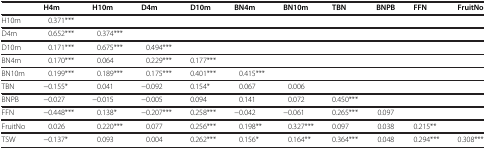
|  | H4m | H10m | D4m | D10m | BN4m | BN10m | TBN | BNPB | FFN | FruitNo |
 | --- | --- | --- | --- | --- | --- | --- | --- | --- | --- | --- |
 | H10m | 0.371*** |  |  |  |  |  |  |  |  |  |
 | D4m | 0.652*** | 0.374*** |  |  |  |  |  |  |  |  |
 | D10m | 0.171*** | 0.675*** | 0.494*** |  |  |  |  |  |  |  |
 | BN4m | 0.170*** | 0.064 | 0.229*** | 0.177*** |  |  |  |  |  |  |
 | BN10m | 0.199*** | 0.189*** | 0.175*** | 0.401*** | 0.415*** |  |  |  |  |  |
 | TBN | −0.155* | 0.041 | −0.092 | 0.154* | 0.067 | 0.006 |  |  |  |  |
 | BNPB | −0.027 | −0.015 | −0.005 | 0.094 | 0.141 | 0.072 | 0.450*** |  |  |  |
 | FFN | −0.448*** | 0.138* | −0.207*** | 0.258*** | −0.042 | −0.061 | 0.265*** | 0.097 |  |  |
 | FruitNo | 0.026 | 0.220*** | 0.077 | 0.256*** | 0.198** | 0.327*** | 0.097 | 0.038 | 0.215** |  |
 | TSW | −0.137* | 0.093 | 0.004 | 0.262*** | 0.156* | 0.164** | 0.364*** | 0.048 | 0.294*** | 0.308*** |